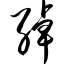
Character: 绰